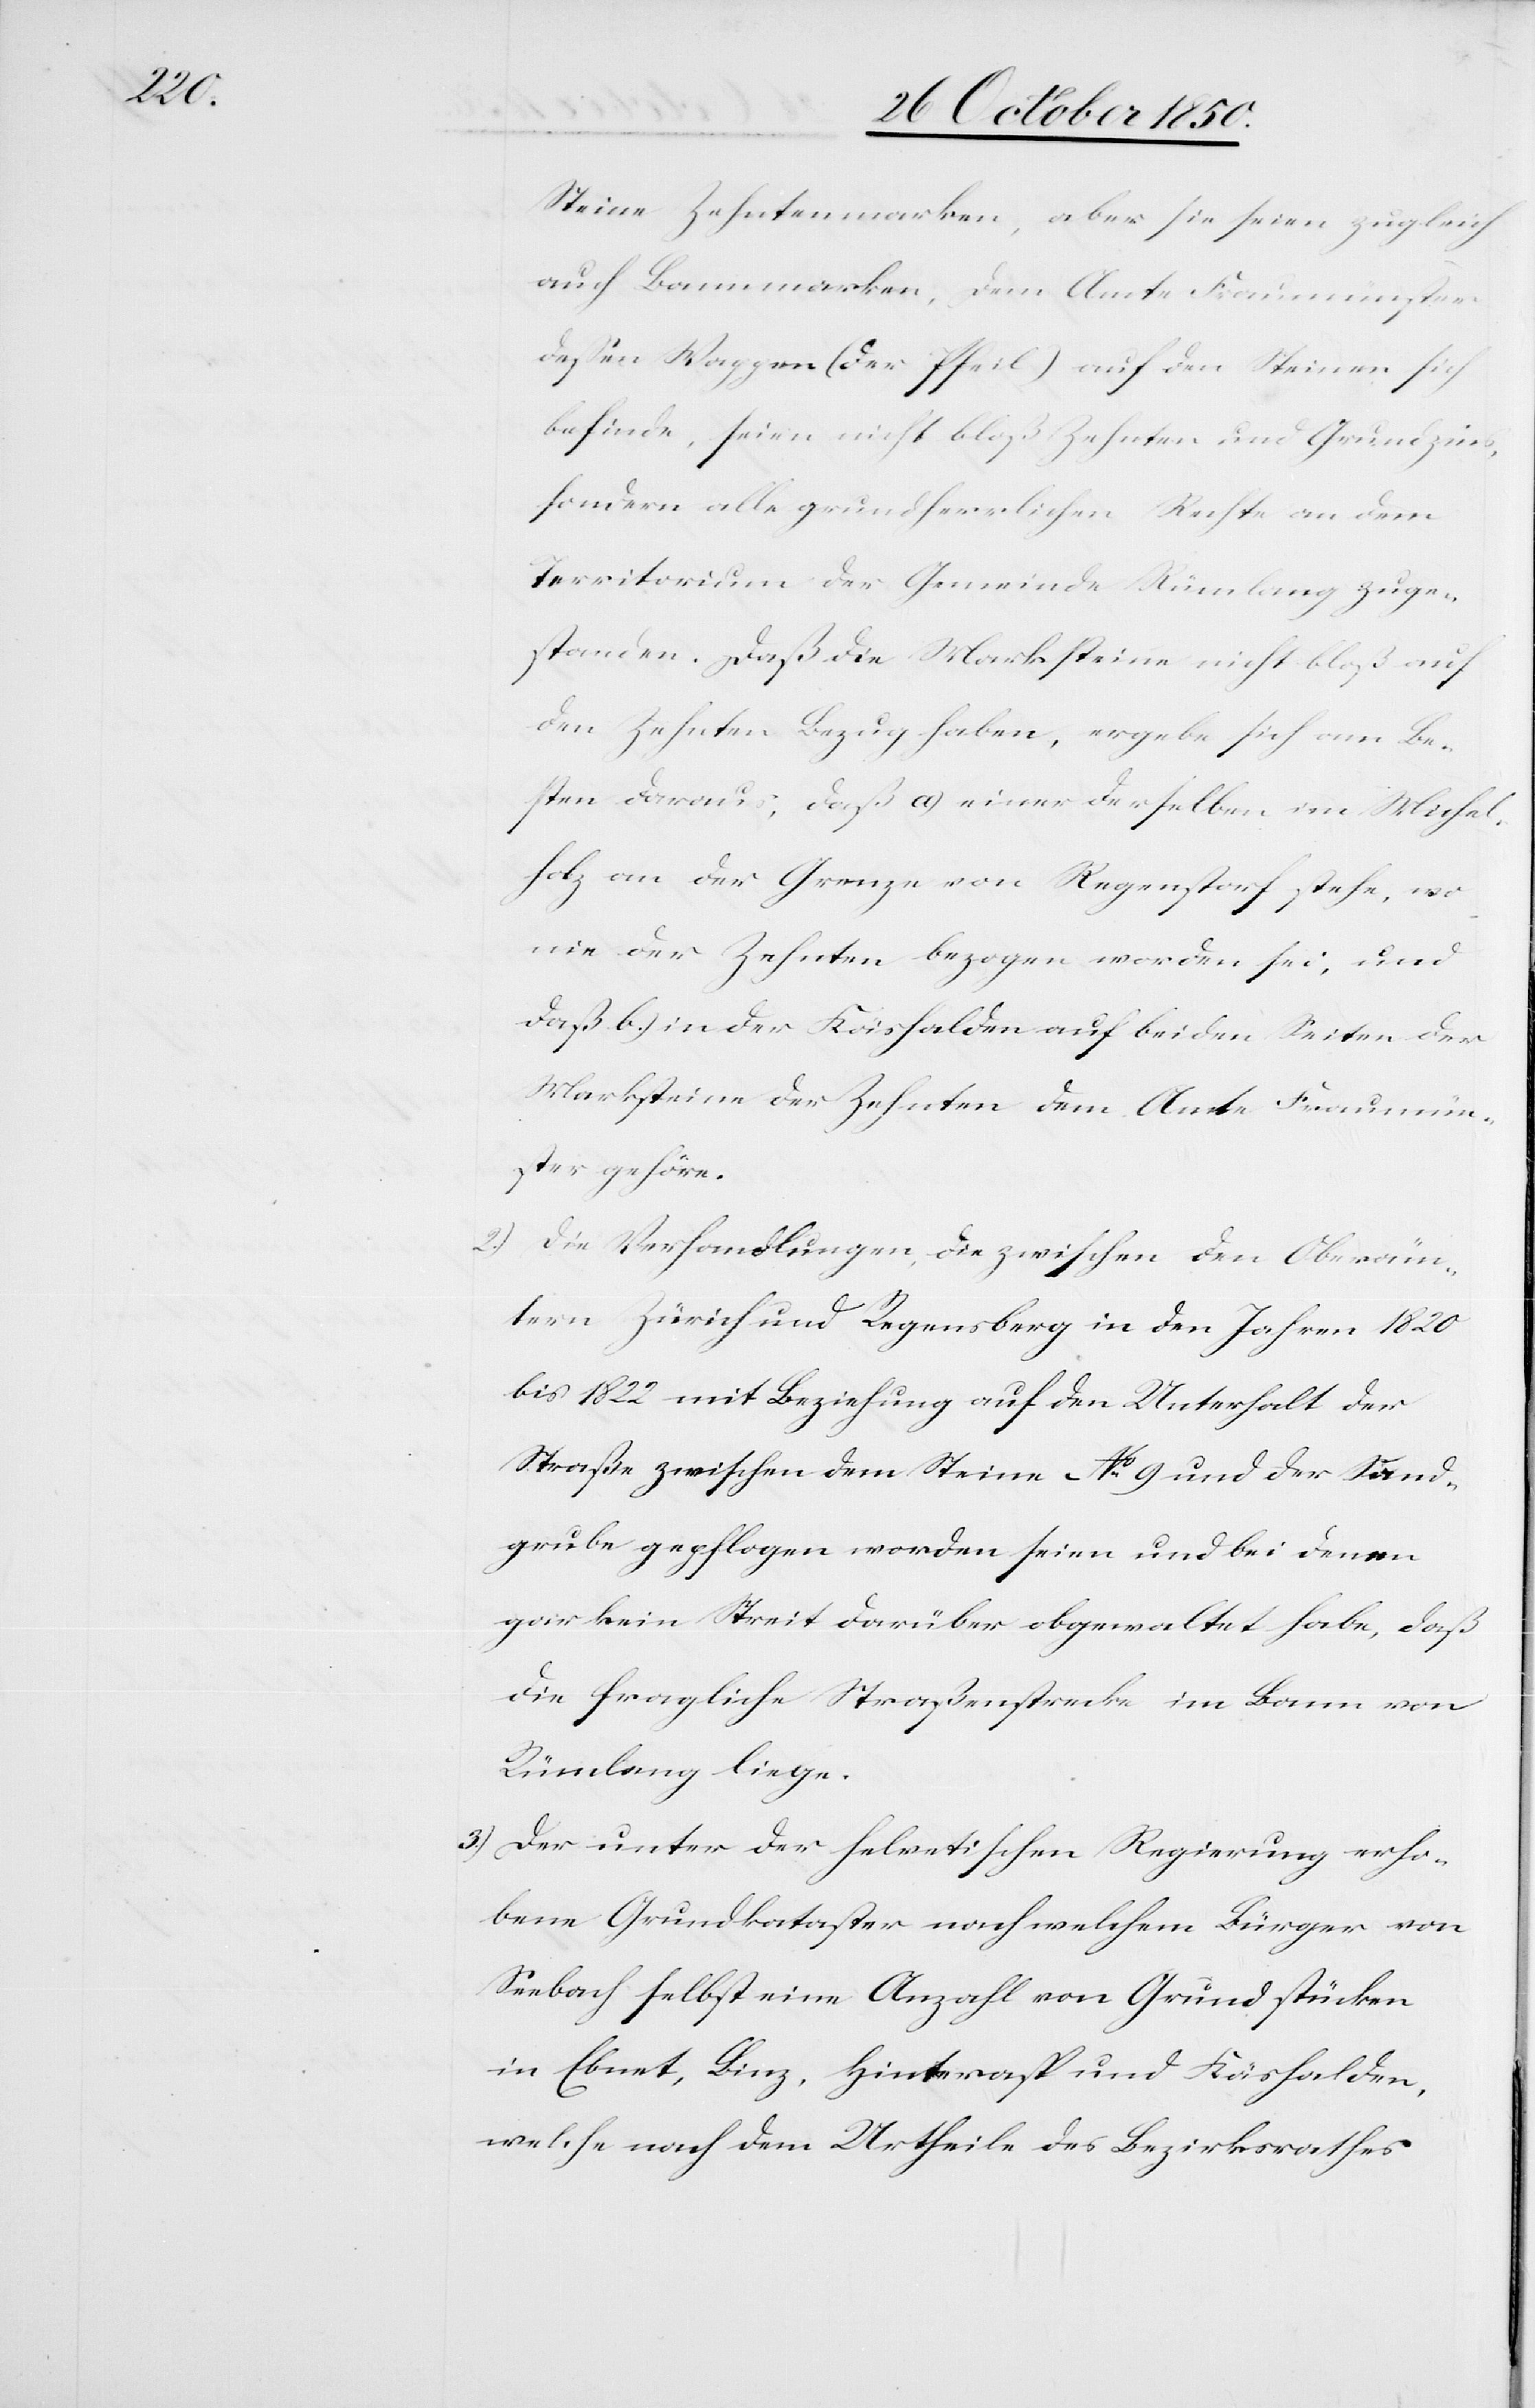
Steine Zehntenmarken, aber sie seien zugleich
auch Bannmarken. Dem Amte Fraumünster
dessen Wappen (der Pfeil) auf den Steinen sich
befinde, seien nicht bloß Zehnten und Grundzins,
sondern alle grundherrlichen Rechte an dem
Territorium der Gemeinde Rümlang zuge¬
standen. Daß die Marksteine nicht bloß auf
den Zehnten Bezug haben, ergebe sich am Be¬
sten daraus, daß a) einer derselben im Michel¬
holz an der Grenze von Regenstorf stehe, wo
nie der Zehnten bezogen worden sei, und
daß b.) in der Käshalden auf beiden Seiten der
Marksteine der Zehnten dem Amte Fraumün¬
ster gehöre.
2.) Die Verhandlungen, die zwischen den Oberäm¬
tern Zürich und Regensberg in den Jahren 1820
bis 1822 mit Beziehung auf den Unterhalt der
Straße zwischen dem Steine No 9 und der Sand¬
grube gepflogen worden seien und bei denen
gar kein Streit darüber obgewaltet habe, daß
die fragliche Straßenstrecke im Bann von
Rümlang liege.
3.) Der unter der helvetischen Regierung erho¬
bene Grundkataster nach welchem Bürger von
Seebach selbst eine Anzahl von Grundstücken
in Ebnet, Linz, Hinterasp und Käshalden,
welche nach dem Urtheile des Bezirksrathes